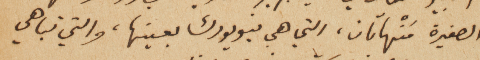
الصغيرة مَنْهاتان، التي هي نيويورك بعينها، والتي تباهي